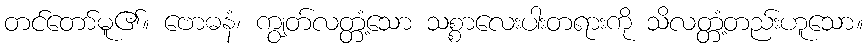
တင်တော်မူ၏။ ဗောဓနံ၊ ကျွတ်လတ္တံ့သော သစ္စာလေးပါးတရားကို သိလတ္တံ့တည်းဟူသော။